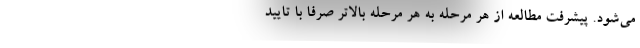
می‌شود. پیشرفت مطالعه از هر مرحله به هر مرحله بالاتر صرفاً با تایید